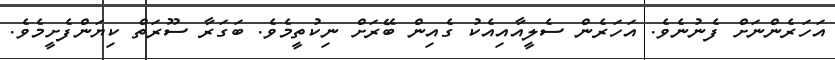
އަހަރެންނަށް ފެނުނެވެ. އަހަރެން ސެލީއާއިއެކު ގެއިން ބޭރަށް ނިކުތީމެވެ. ބަގަރާ ސޫރަތް ކިޔަންފެށީމެވެ.